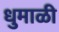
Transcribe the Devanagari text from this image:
धुमाळी